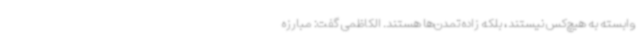
وابسته به هیچ‌کس نیستند، بلکه زاده تمدن‌ها هستند. الکاظمی گفت: مبارزه